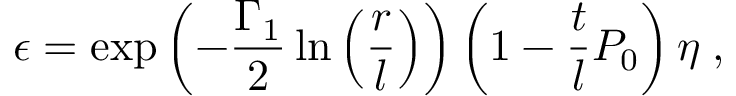
\epsilon = \exp \left( - \frac { \Gamma _ { 1 } } { 2 } \ln \left( \frac { r } { l } \right) \right) \left( 1 - \frac { t } { l } P _ { 0 } \right) \eta \; ,